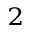
^ 2